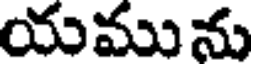
యమును